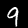
Label: 9